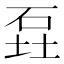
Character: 𮵎